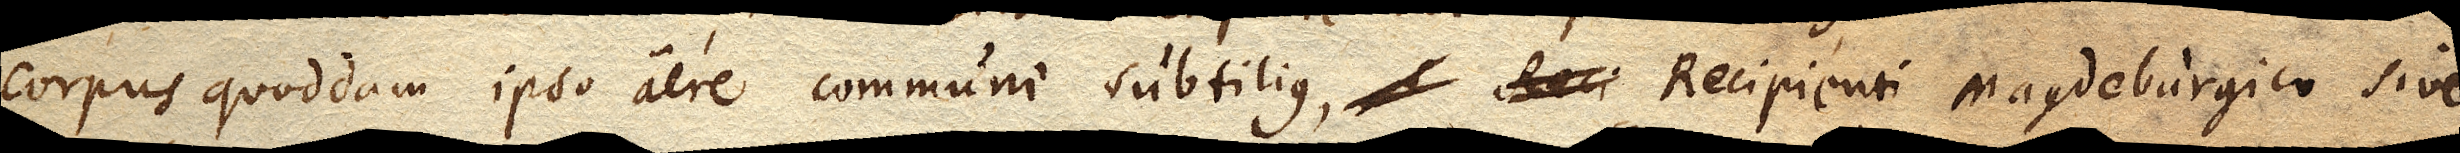
corpus quoddam ipso aere communi subtilius, Recipienti Magdeburgico sive